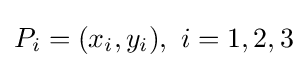
P_{i}=(x_{i},y_{i}),\ i=1,2,3